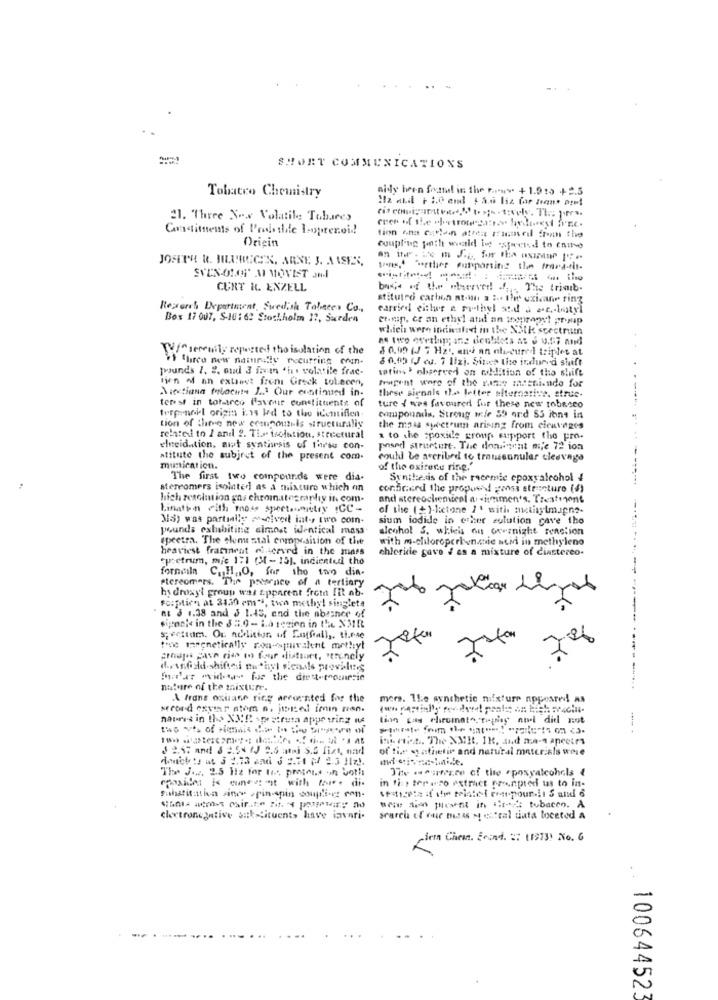
SHORT COMMUNICATIONS
nidy been frutal in the prony + 1.9:5 +2.5
Tobacco Chemistry
21. "Three Now Volatile Tobares
Constituents of Probable Lopteroid
finn ono catlain atten sommeil from the
Origin
JOSETH R. HLURECEK, ARNE 3. AISEES,
tens+ "werther supporting the trara-tit-
SVEN-OLOF' AI MOVIST ond
CURT R. ENZELL
base of the wherved! . f .,, The trimb-
stitutro carbon at-at a :-. Ihr uxicane ring
Rexorch Department, Swedish Talates Co.
Box 17 007, S-10: 62 Stockholm 17, Surden
ctp, ce an ethyl atid an wompmaart group
which were indicated in the Salk spectrum
W^serenity reported tho isolation of the
8 0,99 (J 7 H21, and an obscured triples at
if Charco new name ly recurring ein-
8 0.00 (J eu. 7 liz). Sites the indured shift
pounds 1. 2. on 3 farin tins volatile frac-
sation ' observed on addition of the shift
lien of an extaavt frems Greck tolecen,
fragent wore of the gamee matchiendo for
Niectiana Molocht. J. Our continued in-
these signals the letter alternative. struc-
test in totarco faveur constituents of
ture { was favoured for these new tobacco
treprank origin i.15 ked to the icemifien.
compounds, Strong wie 59 ord SS ions in
tion of these new ecmpoutils structurally
the mass spectrum arising from cienvoges
related to 1 and 2. Tir isolation, structural
a to the spoxide group support the pro.
elneidation, awt synthesis of three con-
posed structure. The donnent mje 72 ion
stitute the subject of the present com.
couhl be ascribed to trausennular cleavage
munication.
of the oxirery ring."
The first two compounds were dia-
Synthesis of the racemie epoxyalcohol 4
stereomers isolated as a mixture which on
concord the proposhd gass structure (s)
high resolution gas chromatography in com-
and stereochemical a: - ismmen's. Treatront
Lination with those spect.mistry ICC-
of the (+)-1:ctone 11 with matisytmagne-
35) was partially mscived int -, two com-
sium iodide in ether solution cave tho
pounds exhibiting almost identical mass
alcohol S. which on overnight reaction
spectra. The clone stal enpr.sition of the
with m-chloroperbenaic acid in methyleno
heaviest framneat ciuserved in the mass
chloride gave ! es a mixture of ciastereo.
tucetrum, mic 171 (31- 15), indiented tho
formain C. H ., O, for the two dia-
stereomers. The pownce of a tertiary
hydroxyl group was apparent frotn Ii ab-
Fosptien at 3130 cm **, two methyl singlets
as @ 1.38 and 3 1.45, and the absence of
sipanie in the $ 2.0 - La region in the NMR
spectrum. Ou Addition of Estfalls, these
eine magnetically non-sjuvalent methyl
7
groupes gasn cias mos four distinct, Peronely
nature of the mixture.
A frans osusane ring accounted for the
mers. The synthetic mixture appeared! As
sreord exvier atom n, itled imin ran.
lion gas chromato. trying nul did not
9 4. The XMI. IK, and me- apeetrs
of the stathetin and natural materials were
The J.w. 2.5 Hiz for tos, pratous on both
The source of the epoxyalcohola 4
in the ter aso extract nonpred us to in-
substitution since pin-spin couple.cz con-
Boe di wewent in iltest: tobacco. A
clertronegative sak Situent, have invari-
search of our butas M estral data toceted a
cien Chem. Found. :: 11973) No. G
-
.. 100644523